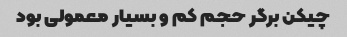
چیکن برگر حجم کم و بسیار معمولی بود